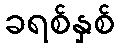
ခရစ်နှစ်